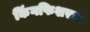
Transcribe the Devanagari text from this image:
किंगफिशरचा